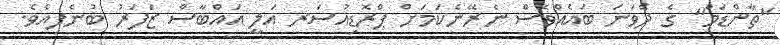
"ތާންޑަމް" ގެ ދެވަނަ ބައެއްވެސް ނެރޭނެކަމަށް ޕްރޮޑިއުސަރ އަލީ އައްބާސް ޒަފަރު ބުނެފިއެވެ.